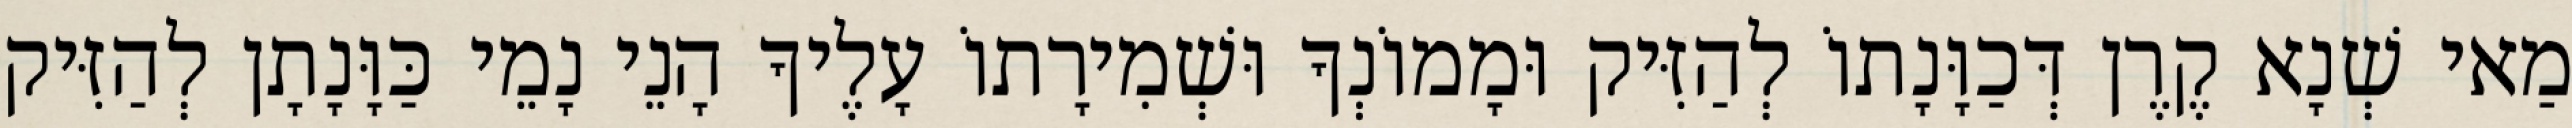
מַאי שְׁנָא קֶרֶן דְּכַוָּנָתוֹ לְהַזִּיק וּמָמוֹנְךָ וּשְׁמִירָתוֹ עָלֶיךָ הָנֵי נָמֵי כַּוָּנָתָן לְהַזִּיק